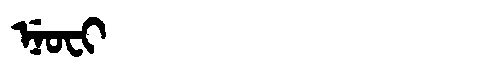
Manchu: ᠨᡝᠣᠸᡳ
Romanization: NEOFI